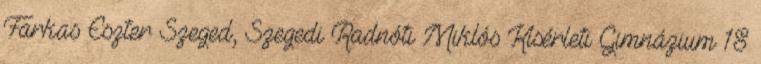
Farkas Eszter Szeged, Szegedi Radnóti Miklós Kísérleti Gimnázium 18